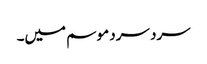
سرد سرد موسم میں۔